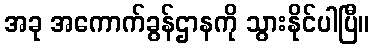
အခု အကောက်ခွန်ဌာနကို သွားနိုင်ပါပြီ။